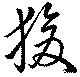
狻